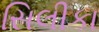
સિલીકા